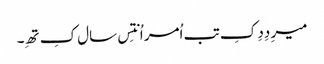
میرِ دِدِ کِ تب اُمر اُنتِس سال کِ تھِ۔